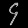
Digit: ၄